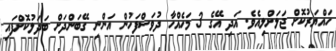
ހައްޔަރުކޮށް ޖަލަށްލިއެވެ. އަދި އޭގެ 3 މަހެއްހާ ދުވަސްފަހުން އަންނި ގޭބަންދަށް ބަދަލުކޮށްފައި